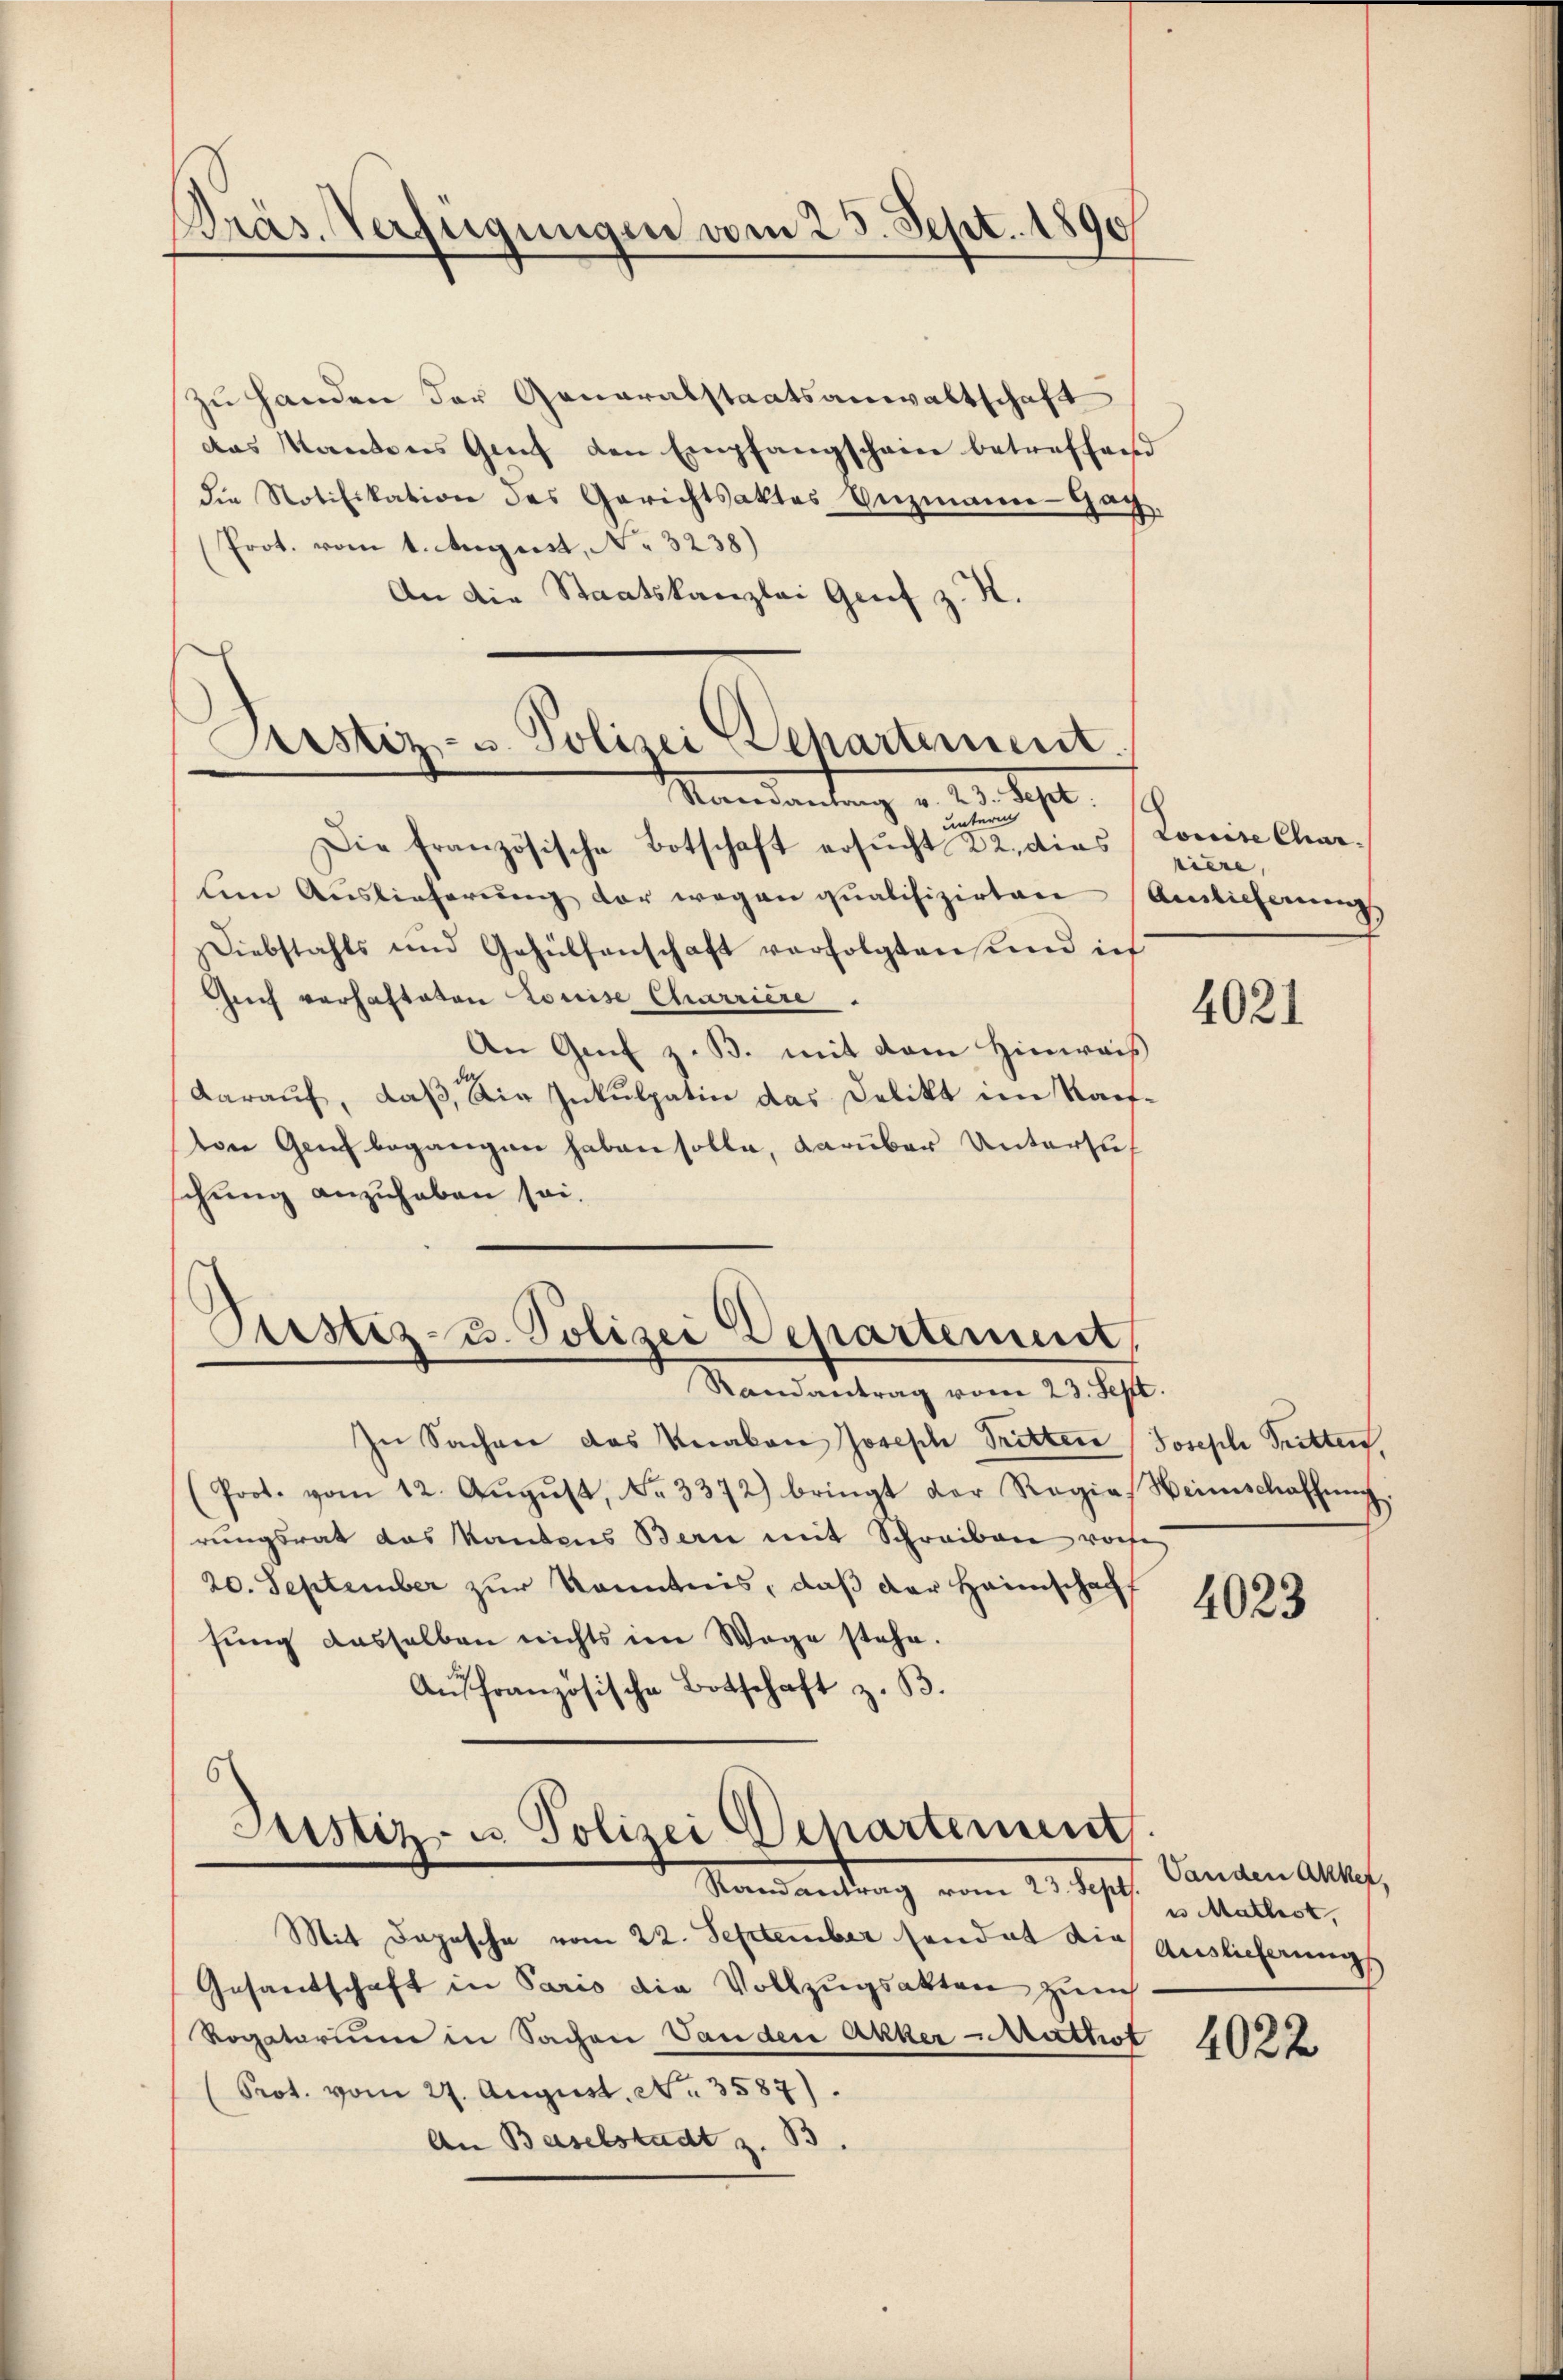
Präs. Verfügungen vom 23. Sept. 1890

zu Handen der Generalstaatsanwaltschaft
das Kantons Genf den Empfangschein betreffend
die Notifikation des Gerichtsaktes Enzmann-Gay,
Prot. vom 1. August, N. 3238)
An die Staatskanzlei Genf z. K.

Mandantung v. 2. 192.
unterm
Die Französische Botschaft ersŭcht 22. dies
len Auslieferung der wegen qualifizirten
Diebstahls und Gehülfenschaft verfolgten und ich
sich verhafteten Louise Charriere.
An Genf z. B. mit dem Hinweis
daraŭf, daβ die Inkulpatin das Delikt im Raif.
ton Genf begangen haben solle, darüber Untersuf
chung anzuhaben sei.
Justiz- u. Polizei Departement,
Randantrag vom 23. Sept.
In Sachen das Knakon Joseph Tritten
(Prot. vom 12. Aŭgŭst No. 3372) bringt der Regia, Heimschaffŭng
rungsrat das Kantons Bern mit Schreiben woche
20. September zur Kenntnis, daß der Heimschaff
fung dasselben nichts im Wege stehe.
Aŭffranzösische Botschaft z. B.

Justiz- u. Polizei Departement

Justiz- u. Polizei Departement
Nemandlung vom 23. ds.

Mit Depesche vom 22. September sendat die Auslieferungs
Gesandschaft in Paris die Vollzugsakten zürch.
Rogatorium in Sachen Vanden Akker Muthot
(Prot. vom 27. August. No. 3587).
An Baselstadt z. B.

Louise Char
riere,
Auslieferung

e

4021

Joseph Tritten

4023

4022

Vanden Akkef,
u Mathist,